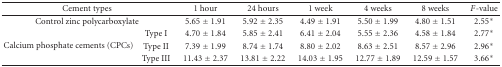
| <COLSPAN=2> Cement types | 1 hour | 24 hours | 1 week | 4 weeks | 8 weeks | F-value |
 | --- | --- | --- | --- | --- | --- | --- | --- |
 | <COLSPAN=2> Control zinc polycarboxylate | 5.65 ± 1.91 | 5.92 ± 2.35 | 4.49 ± 1.91 | 5.50 ± 1.99 | 4.80 ± 1.51 | 2.55* |
 | <ROWSPAN=3> Calcium phosphate cements (CPCs) | Type I | 4.70 ± 1.84 | 5.85 ± 2.41 | 6.41 ± 2.04 | 5.55 ± 2.36 | 4.58 ± 1.84 | 2.77* |
 | Type II | 7.39 ± 1.99 | 8.74 ± 1.74 | 8.80 ± 2.02 | 8.63 ± 2.51 | 8.57 ± 2.96 | 2.96* |
 | Type III | 11.43 ± 2.37 | 13.81 ± 2.22 | 14.03 ± 1.95 | 12.77 ± 1.89 | 12.59 ± 1.57 | 3.66* |